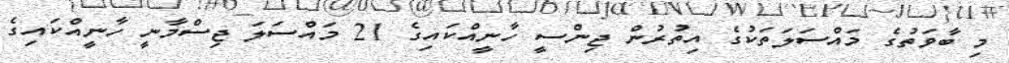
މި ބާވަތުގެ މައްސަލަތަކުގެ އިތުރުން ޖިންސީ ހާނީއްކައިގެ 21 މައްސަލަ ޖިސްމާނީ ހާނީއްކައިގެ